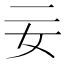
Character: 𡚬